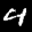
Label: 4